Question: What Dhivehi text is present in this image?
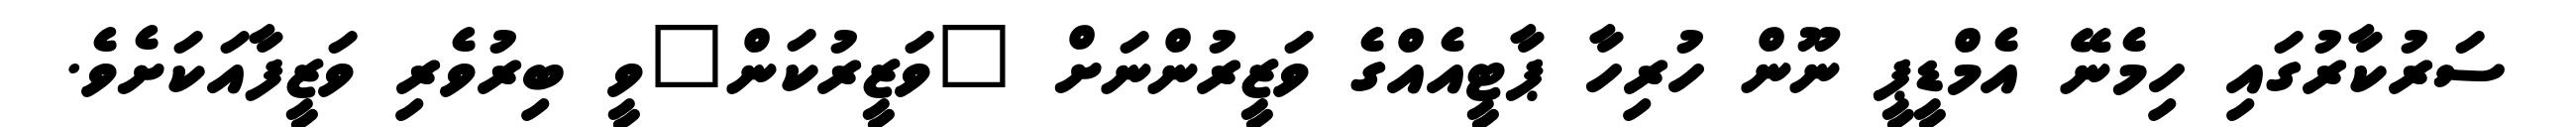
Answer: ސަރުކާރުގައި ހިމެނޭ އެމްޑީޕީ ނޫން ހުރިހާ ޕާޓީއެއްގެ ވަޒީރުންނަށް "ވަޒީރުކަން"ވީ ބިރުވެރި ވަޒީފާއަކަށެވެ.